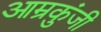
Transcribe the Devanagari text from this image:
आम्रकुंजी